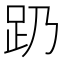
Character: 𬦠